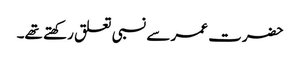
حضرت عمر سے نسبی تعلق رکھتے تھے۔